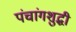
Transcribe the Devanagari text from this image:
पंचांगशुद्धी